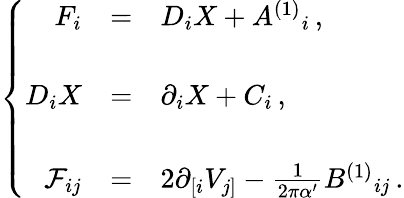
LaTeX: \left\{ \begin{array}{rcl}{{F_{i}}}&{{=}}&{{D_{i}X+A^{(1)}{}_{i}\, ,}}\\ {{}}&{{}}&{{}}\\ {{D_{i}X}}&{{=}}&{{\partial_{i}X+C_{i}\, ,}}\\ {{}}&{{}}&{{}}\\ {{{\cal F}_{ij}}}&{{=}}&{{2\partial_{[i}V_{j]}-\frac{1}{2\pi\alpha^{\prime}}B^{(1)}{}_{ij}\, .}}\end{array}\right.